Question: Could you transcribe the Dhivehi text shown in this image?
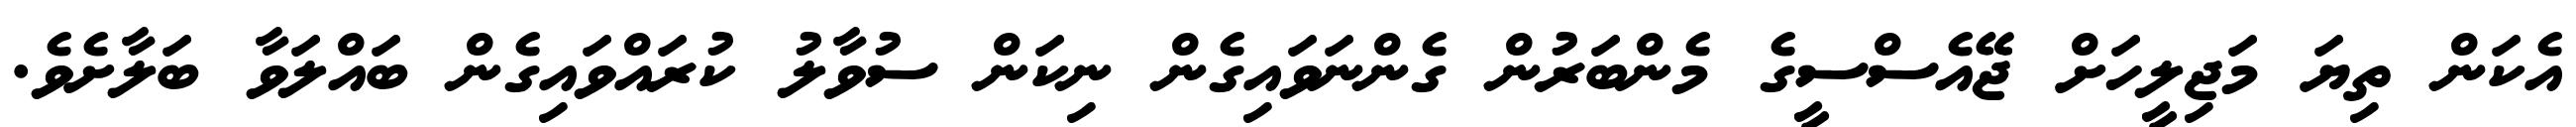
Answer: އެކަން ތިޔަ މަޖިލީހަށް ޖޭއެސްސީގެ މެންބަރުން ގެންނަވައިގެން ނިކަން ސުވާލު ކުރައްވައިގެން ބައްލަވާ ބަލާށެވެ.